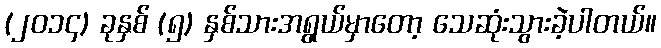
(၂၀၁၄) ခုနှစ် (၅) နှစ်သားအရွယ်မှာတော့ သေဆုံးသွားခဲ့ပါတယ်။